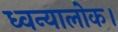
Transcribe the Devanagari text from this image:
ध्वन्यालोक।